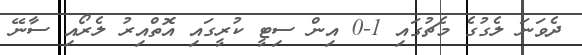
ދެވަނަ ލެގުގެ މެޗުގައި 1-0 އިން ސިޓީ ކުރީގައި އޮތްއިރު ލެރޯއި ސާނޭ